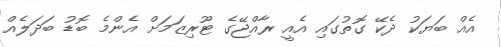
އެއް ބަޔަކު ދެކޭ ގޮތުގައި އެއީ ރާއްޖޭގެ ޓޫރިޒަމަށް އެންމެ ބޮޑު ބަދަލެއް